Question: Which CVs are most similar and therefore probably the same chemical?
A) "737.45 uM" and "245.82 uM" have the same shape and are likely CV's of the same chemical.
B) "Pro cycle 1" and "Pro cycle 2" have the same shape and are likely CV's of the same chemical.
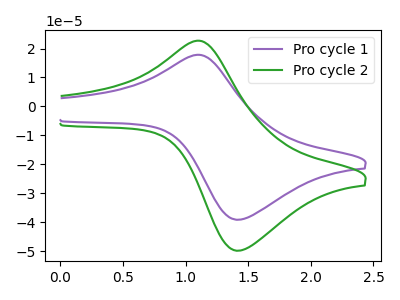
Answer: <think>The purple curve "Pro cycle 1" has an anodic peak at (1.10V, 17.80uA) and a cathodic peak at (1.45V, -39.10uA). The green curve "Pro cycle 2" has an anodic peak at (1.10V, 22.65uA) and a cathodic peak at (1.45V, -49.80uA).
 All the peaks in "Pro cycle 1" have a peak in "Pro cycle 2" at the same potential. Every peak in "Pro cycle 1" is lower than every peak in "Pro cycle 2".</think>
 <answer>B) "Pro cycle 1" and "Pro cycle 2" have the same shape and are likely CV's of the same chemical.</answer>
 <eval>B</eval>